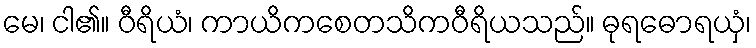
မေ၊ ငါ၏။ ဝီရိယံ၊ ကာယိကစေတသိကဝီရိယသည်။ ဓုရဓောရယှံ၊